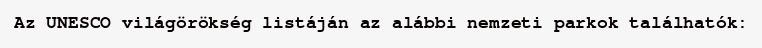
Az UNESCO világörökség listáján az alábbi nemzeti parkok találhatók: